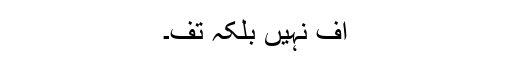
اف نہیں بلکہ تف۔